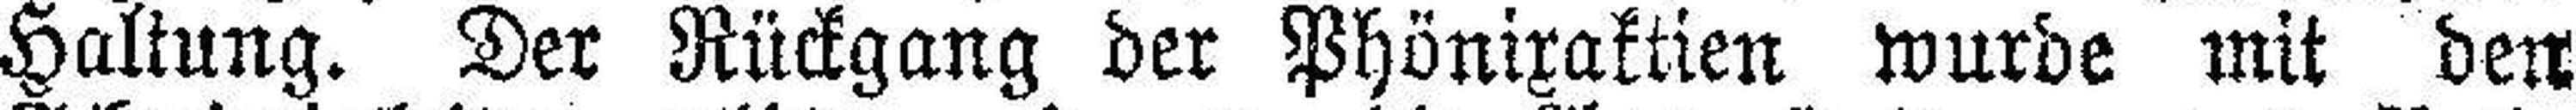
Haltung. Der Rückgang der Phönixaktien wurde mit den